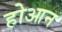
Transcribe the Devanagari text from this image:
होआन